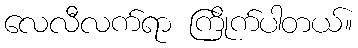
လေလီလက်ရာ ကြိုက်ပါတယ်။